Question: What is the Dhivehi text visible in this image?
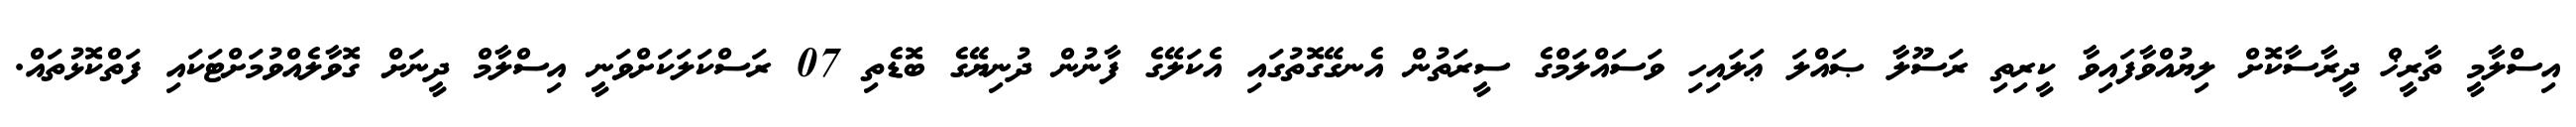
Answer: އިސްލާމީ ތާރީޚް ދީރާސާކޮށް ލިޔުއްވާފައިވާ ކީރިތި ރަސޫލާ ޞައްލަ ޢަލައިހި ވަސައްލަމްގެ ސީރަތުން އެނގޭގޮތުގައި އެކަލޭގެ ފާނުން ދުނިޔޭގެ ބޮޑެތި 07 ރަސްކަލަކަށްވަނީ އިސްލާމް ދީނަށް ގޮވާލެއްވުމަށްޓަކައި ފަތްކޮޅުތައް.